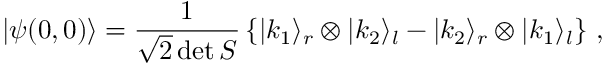
| \psi ( 0 , 0 ) \rangle = \frac { 1 } { \sqrt { 2 } \operatorname * { d e t } S } \left\{ | k _ { 1 } \rangle _ { r } \otimes | k _ { 2 } \rangle _ { l } - | k _ { 2 } \rangle _ { r } \otimes | k _ { 1 } \rangle _ { l } \right\} \, ,